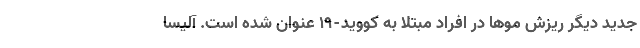
جدید دیگر ریزش موها در افراد مبتلا به کووید-۱۹ عنوان شده است. آلیسا